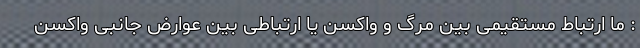
: ما ارتباط مستقیمی بین مرگ و واکسن یا ارتباطی بین عوارض جانبی واکسن